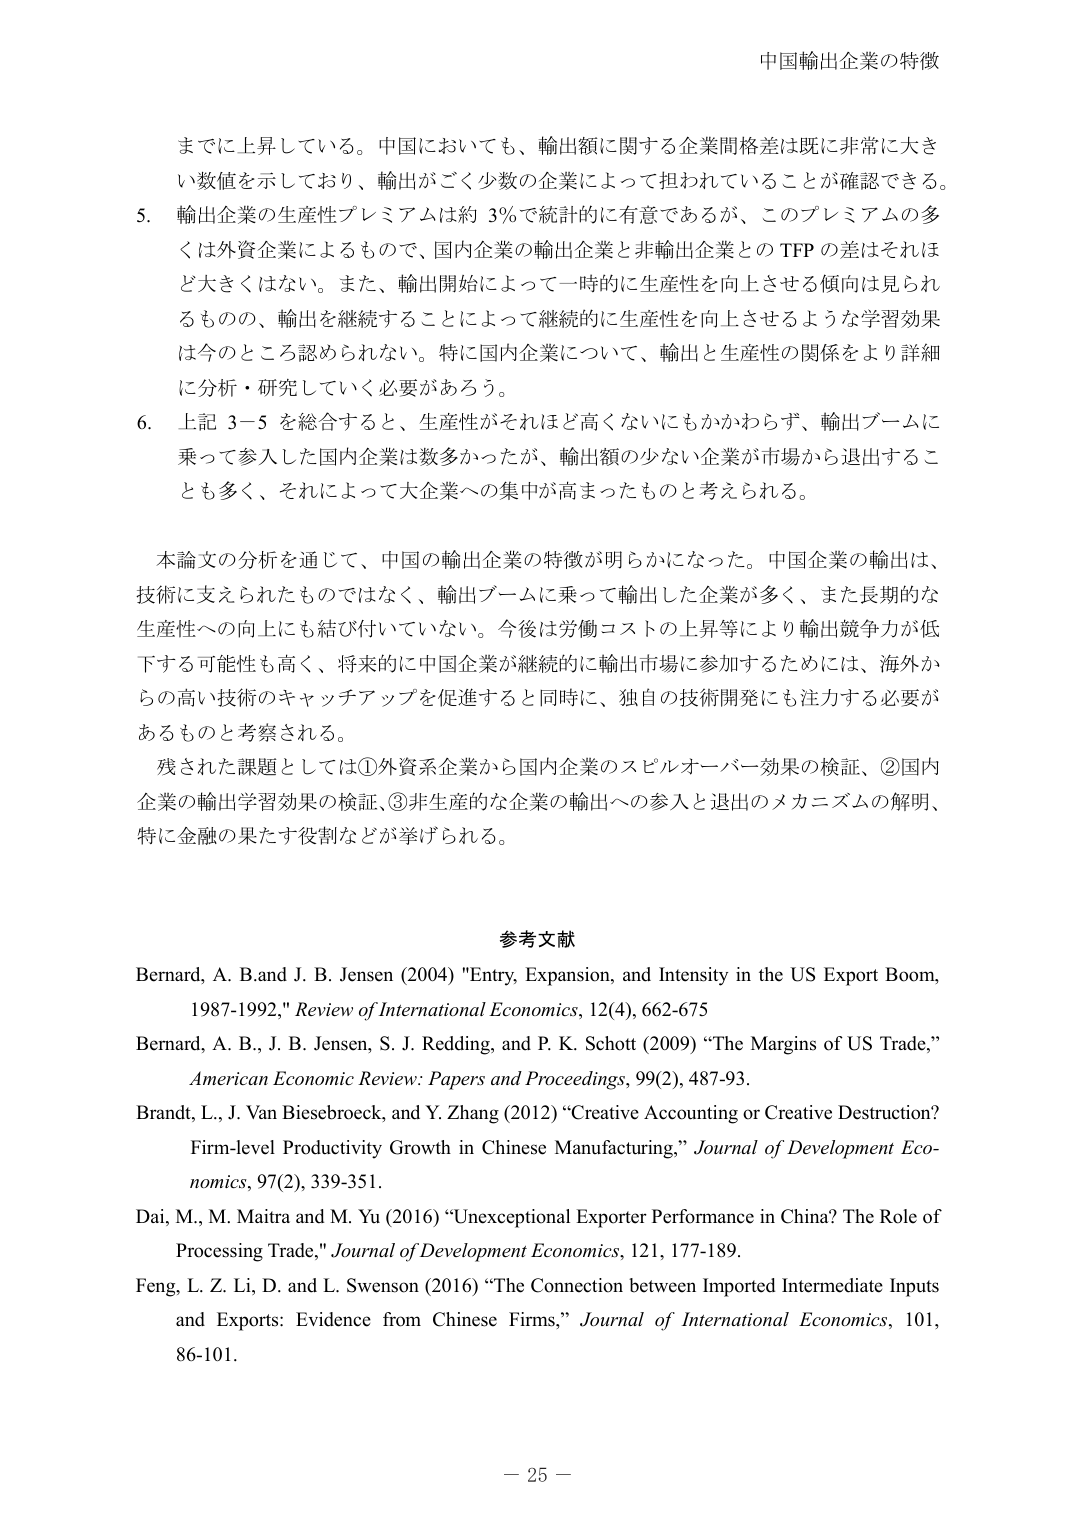
中国輸出企業の特徴

までに上昇している。中国においても、輸出額に関する企業間格差は既に非常に大きい数値を示しており、輸出がごく少数の企業によって担われていることが確認できる。

5. 輸出企業の生産性プレミアムは約 3％で統計的に有意であるが、このプレミアムの多くは外資企業によるもので、国内企業の輸出企業と非輸出企業との TFP の差はそれほど大きくはない。また、輸出開始によって一時的に生産性を向上させる傾向は見られるものの、輸出を継続することによって継続的に生産性を向上させるような学習効果は今のところ認められない。特に国内企業について、輸出と生産性の関係をより詳細に分析・研究していく必要があろう。

6. 上記 3－5 を総合すると、生産性がそれほど高くないにもかかわらず、輸出ブームに乗って参入した国内企業は数多かったが、輸出額の少ない企業が市場から退出することも多く、それによって大企業への集中が高まったものと考えられる。

本論文の分析を通じて、中国の輸出企業の特徴が明らかになった。中国企業の輸出は、技術に支えられたものではなく、輸出ブームに乗って輸出した企業が多く、また長期的な生産性への向上にも結び付いていない。今後は労働コストの上昇等により輸出競争力が低下する可能性も高く、将来的に中国企業が継続的に輸出市場に参加するためには、海外からの高い技術のキャッチアップを促進すると同時に、独自の技術開発にも注力する必要があるものと考察される。

残された課題としては①外資系企業から国内企業のスピルオーバー効果の検証、②国内企業の輸出学習効果の検証、③非生産的な企業の輸出への参入と退出のメカニズムの解明、特に金融の果たす役割などが挙げられる。

参考文献

Bernard, A. B. and J. B. Jensen (2004) "Entry, Expansion, and Intensity in the US Export Boom, 1987-1992," Review of International Economics, 12(4), 662-675

Bernard, A. B., J. B. Jensen, S. J. Redding, and P. K. Schott (2009) “The Margins of US Trade,” American Economic Review: Papers and Proceedings, 99(2), 487-93.

Brandt, L., J. Van Biesebroeck, and Y. Zhang (2012) “Creative Accounting or Creative Destruction? Firm-level Productivity Growth in Chinese Manufacturing,” Journal of Development Economics, 97(2), 339-351.

Dai, M., M. Maitra and M. Yu (2016) “Unexceptional Exporter Performance in China? The Role of Processing Trade,” Journal of Development Economics, 121, 177-189.

Feng, L. Z. Li, D. and L. Swenson (2016) “The Connection between Imported Intermediate Inputs and Exports: Evidence from Chinese Firms,” Journal of International Economics, 101, 86-101.

－ 25 －